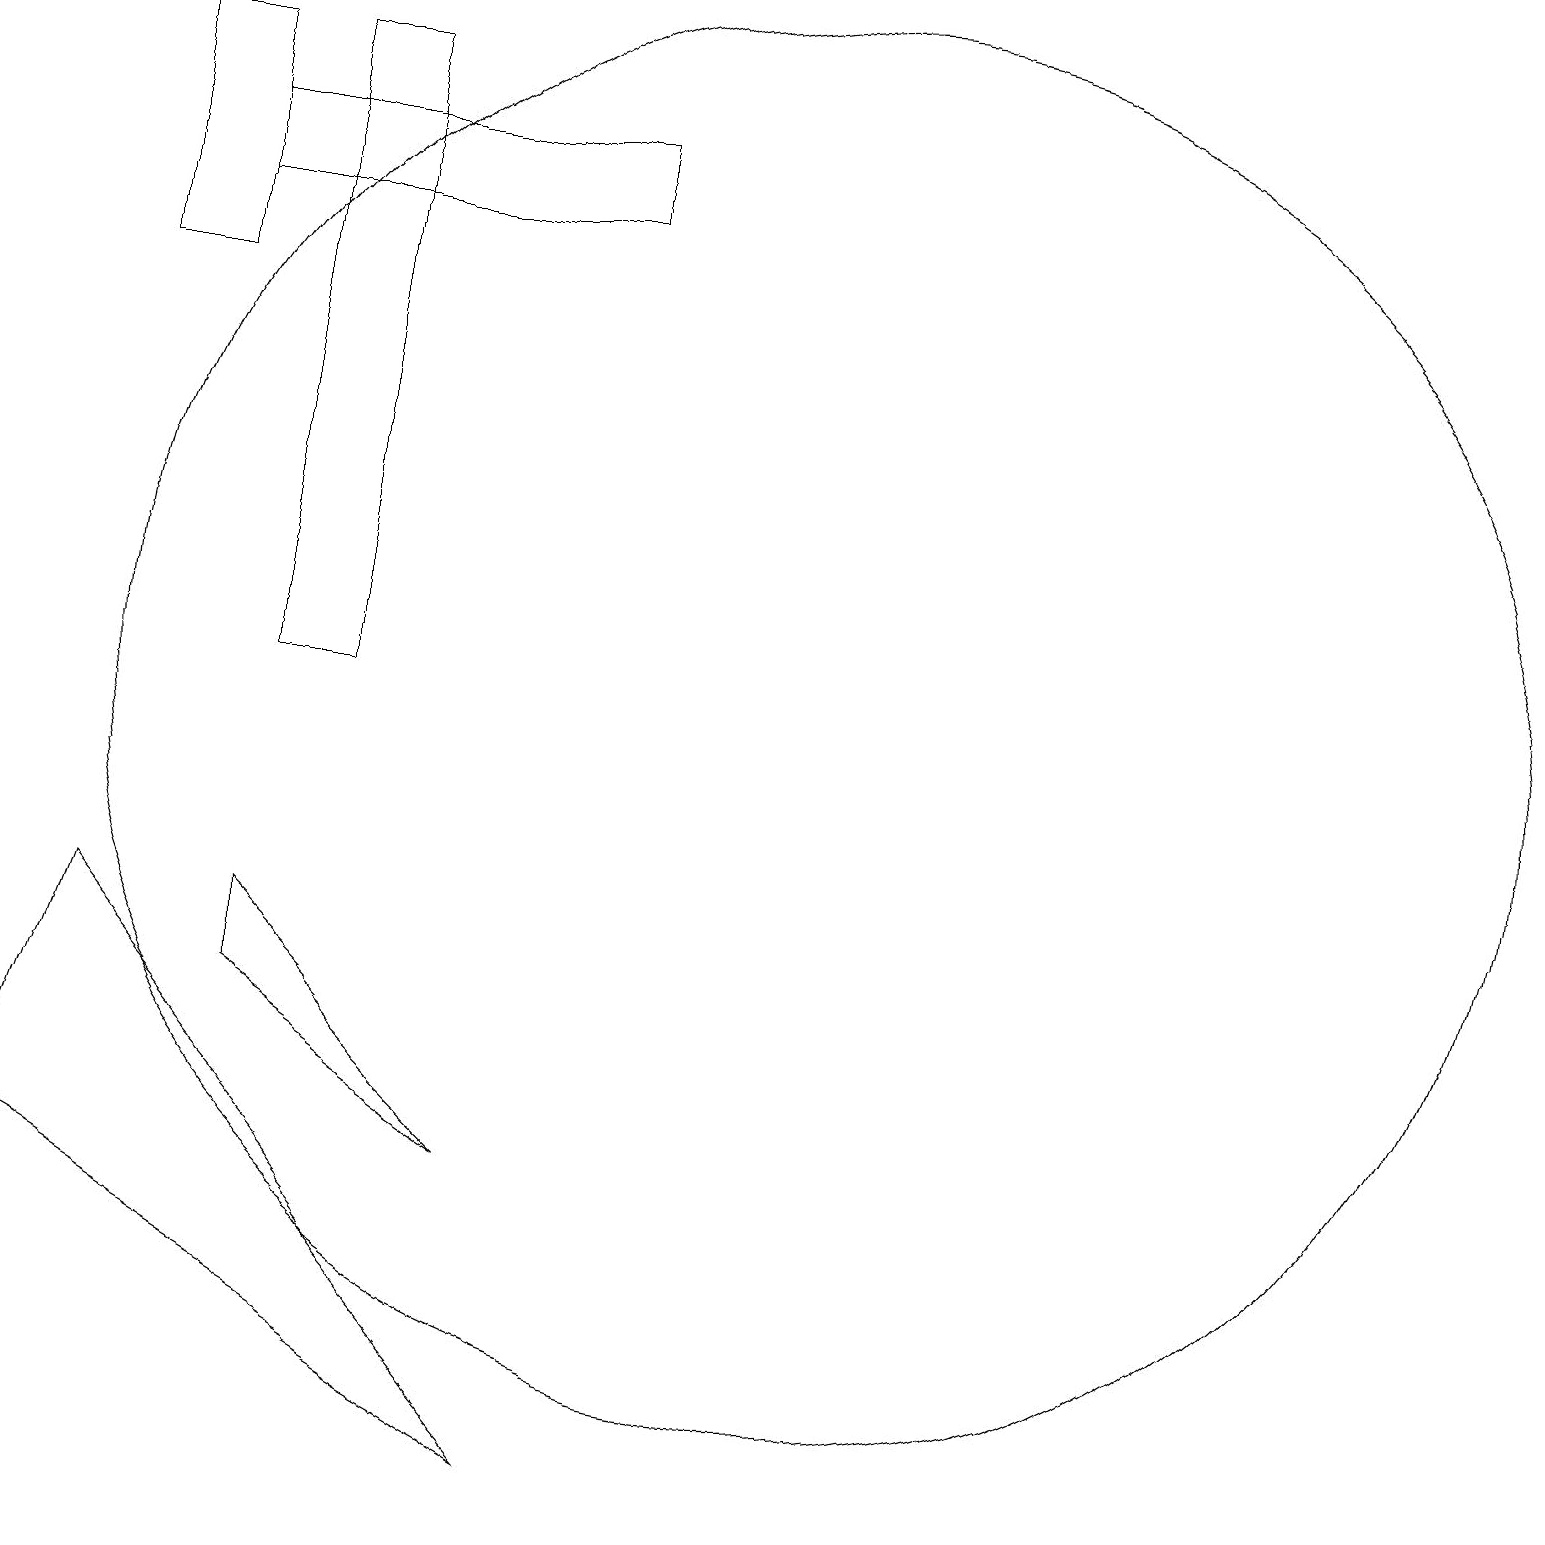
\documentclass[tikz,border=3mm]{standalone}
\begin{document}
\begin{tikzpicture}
\draw (4,17) rectangle (9,16);
\draw (4,15) rectangle (3,18);
\draw (5,6) -- (8,4) -- (5,7) -- cycle;
\draw (12,10) circle (9);
\draw (9,0) -- (3,7) -- (2,4) -- cycle;
\draw (5,18) rectangle (6,10);
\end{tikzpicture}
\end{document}